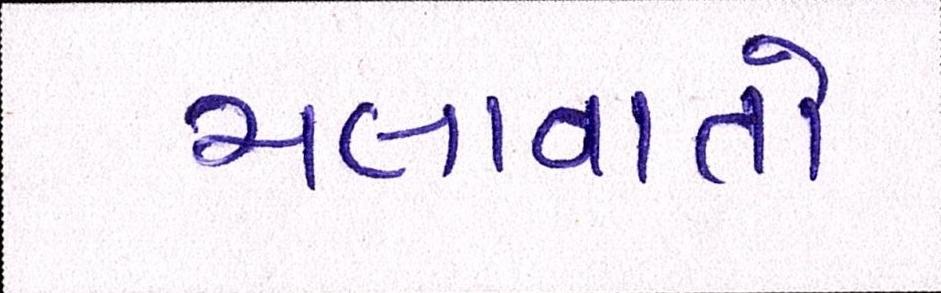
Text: ચલાવાતો